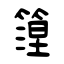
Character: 篞